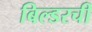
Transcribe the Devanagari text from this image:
बिल्डरची